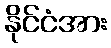
နိုင်ငံအား